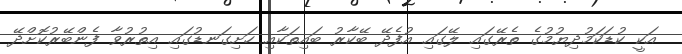
އަކީ ކުޑަކަމުދިޔުމުގެ ތެރޭގައި ލޭގައި އުފެދޭ ބޭކާރު ބައިތަކާއި ހަށިގަނޑުގައި އިތުރުވާ ފެންބޭރުކޮށްދޭ